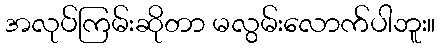
အလုပ်ကြမ်းဆိုတာ မလွမ်းလောက်ပါဘူး။